Report on horse surra - Volume I
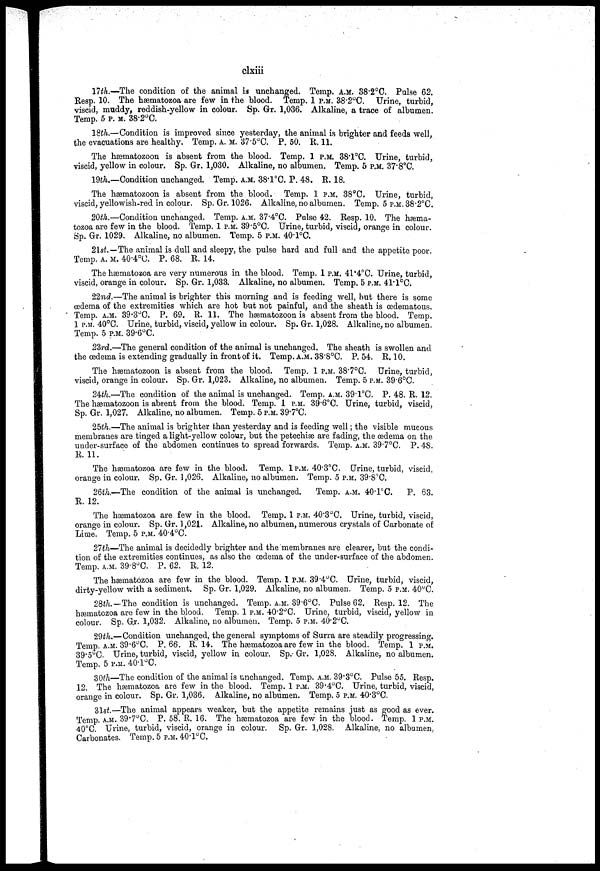
clxiii
17th.—The condition of the animal is unchanged. Temp. A.M. 38.2°C. Pulse 62.
Resp. 10. The hæmatozoa are few in the blood. Temp. 1 P.M. 38'2°C. Urine, turbid,
viscid, muddy, reddish-yellow in colour. Sp. Gr. 1,036. Alkaline, a trace of albumen.
Temp. 5 p. m. 38.2°C.
18th.—Condition is improved since yesterday, the animal is brighter and feeds well,
the evacuations are healthy. Temp. A. M. 37.5°C. P. 50. R. 11.
The hæmatozoon is absent from the blood. Temp. 1 P.M. 38.1°C. Urine, turbid,
viscid, yellow in colour. Sp. Gr. 1,030. Alkaline, no albumen. Temp. 5 P.M. 37.8°C.
19th.—Condition unchanged. Temp. A.M. 38.1°C. P. 48. R. 18.
The hæmatozoon is absent from the blood. Temp. 1 P.M. 38ºC. Urine, turbid,
viscid, yellowish-red in colour. Sp. Gr. 1026. Alkaline, no albumen. Temp. 5 P.M. 38.2°C.
20th.—Condition unchanged. Temp. A.M. 37.4°C. Pulse 42. Resp. 10. The hæma-
tozoa are few in the blood. Temp. 1 P.M. 39.5°C. Urine, turbid, viscid, orange in colour.
Sp. Gr. 1029. Alkaline, no albumen. Temp. 5 P.M. 40.1ºC.
2lst. — The animal is dull and sleepy, the pulse hard and full and the appetite poor.
Temp. A. m. 40.4°C. P. 68. R. 14.
The hæmatozoa are very numerous in the blood. Temp. 1 P.M. 4l.4°C. Urine, turbid,
viscid, orange in colour. Sp. Gr. 1,033. Alkaline, no albumen. Temp. 5 P.M. 41.1°C.
22nd.—The animal is brighter this morning and is feeding well, but there is some
oedema of the extremities which are hot but not painful, and the sheath is œdematous.
Temp. A.M. 39.3°C. P. 69. R. 11. The hæmatozoon is absent from the blood. Temp.
1 P.M. 40°C. Urine, turbid, viscid, yellow in colour. Sp. Gr. 1,028. Alkaline, no albumen.
Temp. 5 P.M. 39.6°C.
23rd.—The general condition of the animal is unchanged. The sheath is swollen and.
the oedema is extending gradually in front of it. Temp. A.M. 38.8°C. P. 54. R. 10.
The hæmatozoon is absent from the blood. Temp. 1 P.M. 38.7°C. Urine, turbid,
viscid, orange in colour. Sp. Gr. 1,023. Alkaline, no albumen. Temp. 5 P.M. 39.6°C.
24th.—The condition of the animal is unchanged. Temp. A.M. 39.l°C. P. 48. R. 12.
The hæmatozoon is absent from the blood. Temp. 1 P.M. 39.6°C. Urine, turbid, viscid,
Sp. Gr. 1,027. Alkaline, no albumen. Temp. 5 P.M. 39.7°C.
25th.—The animal is brighter than yesterday and is feeding well; the visible mucous
membranes are tinged a light-yellow colour, but the petechias are fading, the oedema on the
under-surface of the abdomen continues to spread forwards. Temp. A.M. 39.7°C. P. 48.
R. 11.
The hæmatozoa are few in the blood. Temp. 1P.M. 40.3°C. Urine, turbid, viscid,
orange in colour. Sp. Gr. 1,026. Alkaline, no albumen. Temp. 5 P.M. 39.8°C.
26th.—The condition of the animal is unchanged.
Temp. A.M. 40.lºC.
P. 63.
R. 12.
The hæmatozoa are few in the blood. Temp. 1 P.M. 40.3°C. Urine, turbid, viscid,
orange in colour. Sp. Gr. 1,021. Alkaline, no albumen, numerous crystals of Carbonate of
Lime. Temp. 5 P.M. 40.4°C.
27th—The animal is decidedly brighter and the membranes are clearer, but the condi-
tion of the extremities continues, as also the oedema of the under-surface of the abdomen.
Temp. A.M. 39.8°C. P. 62. R. 12.
The hæmatozoa are few in the blood. Temp. 1 P.M. 39.4°C. Urine, turbid, viscid,
dirty-yellow with a sediment. Sp. Gr. 1,029. Alkaline, no albumen. Temp. 5 P.M. 40ºC.
28th.—The condition is unchanged. Temp. A.M. 39.6°C. Pulse 62. Resp. 12. The
hæmatozoa are few in the blood. Temp. 1 P.M. 40.2oC. Urine, turbid, viscid, yellow in
colour. Sp. G.r. 1,032. Alkaline, no albumen. Temp. 5 P.M. 40.2°C.
29th.—Condition unchanged, the general symptoms of Surra are steadily progressing.
Temp. A.M. 39.6°C. P. 66. R. 14. The hæmatozoa are few in the blood. Temp. 1 P.M.
39.5°C. Urine, turbid, viscid, yellow in colour. Sp.-Gr. 1,028. Alkaline, no albumen.
Temp. 5 P.M. 40.1°C.
30th—The condition of the animal is unchanged. Temp. A.M. 39.3°C. Pulse 55. Resp.
12. The hæmatozoa are few in the blood. Temp. 1 P.M. 39.4°C. Urine, turbid, viscid,
orange in colour. Sp. Gr. 1,036. A.lkaline, no albumen. Temp. 5 P.M. 40.3°C.
31st.—The animal appears weaker, but the appetite remains just as good as ever.
Temp. A.M. 39.7°C. P. 58. R. 16. The hæmatozoa are few in the blood. Temp. 1 P.M.
40°C. Urine, turbid, viscid, orange in colour. Sp. Gr. 1,028. Alkaline, no albumen
Carbonates. Temp. 5 P.M. 40.1°C.